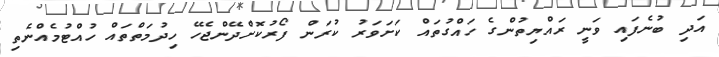
އަދި ބުނެފައި ވަނީ ރައްޔިތުންގެ ހައްގުތައް ކަށަވަރު ކުރަން ފޯރުކޮށްދޭންޖެހޭ ހިދުމަތްތައް ހުއްޓުމެއްނެތި